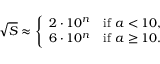
{ \sqrt { S } } \approx { \left\{ \begin{array} { l l } { 2 \cdot 1 0 ^ { n } } & { { \mathrm { i f ~ } } a < 1 0 , } \\ { 6 \cdot 1 0 ^ { n } } & { { \mathrm { i f ~ } } a \geq 1 0 . } \end{array} \right. }